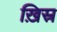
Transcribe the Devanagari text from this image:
ख़िस्र